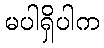
မပါရှိပါက